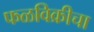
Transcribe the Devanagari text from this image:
फळविक्रीचा